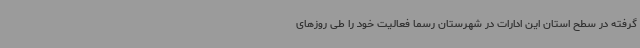
گرفته در سطح استان این ادارات در شهرستان رسما فعالیت خود را طی روزهای